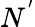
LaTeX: N^{'}